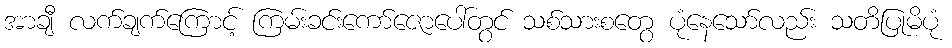
အာချီ လက်ချက်ကြောင့် ကြမ်းခင်းကော်ဇောပေါ်တွင် သစ်သားစတွေ ပုံနေသော်လည်း သတိပြုမိပုံ